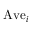
\mathrm { A v e } _ { i }